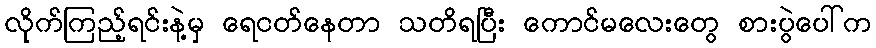
လိုက်ကြည့်ရင်းနဲ့မှ ရေငတ်နေတာ သတိရပြီး ကောင်မလေးတွေ စားပွဲပေါ်က